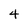
Character: 4